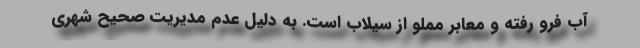
آب فرو رفته و معابر مملو از سیلاب است. به دلیل عدم مدیریت صحیح شهری